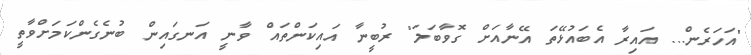
"އަހަރެން... އައިރާ އެބައުޅޭތަ އޭނާއަށް ގޮވާބަލަ" ރުބީނާ އައިކަންތައް ވާނީ އަނގައިން ބުނެގެންކަމަށްވާތީ